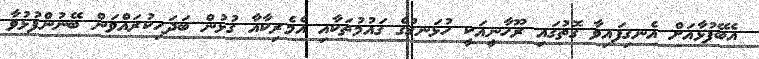
އެބޭފުޅާއަށް އެނގިފައިވާ ގޮތުގައި ރޫހާނީއަކީ ހުޅަނގުގެ ގައުމުތަކާއި އެމެރިކާއާ ގުޅުން ބަދަހިކުރައްވަން ބޭނުންފުޅުވާ